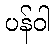
ပန်ဝါ